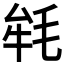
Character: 𣭰